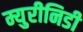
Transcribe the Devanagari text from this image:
म्युरीनिडी